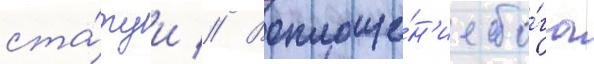
ста́туи // Воплоще́н'ие бо́га